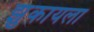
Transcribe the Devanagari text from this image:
झुकायला